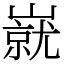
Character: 㠇